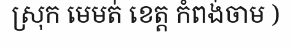
ស្រុក មេមត់ ខេត្ត កំពង់ចាម )